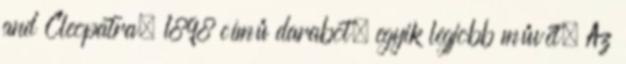
and Cleopatra, 1898 című darabot, egyik legjobb művét. Az